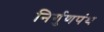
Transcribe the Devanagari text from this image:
निर्गुणपंथ